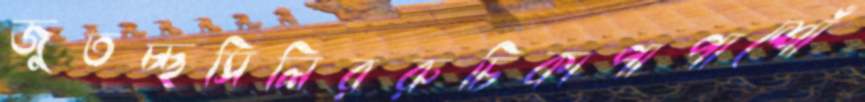
জুতচ্ছসিলিররুচিকাপাপাশোঁ